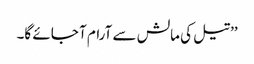
’’تیل کی مالش سے آرام آ جائے گا۔